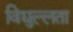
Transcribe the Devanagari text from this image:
विद्युल्लता